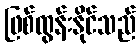
ဖြစ်ထွန်းနိုင်သည်